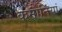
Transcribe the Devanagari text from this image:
कमानियां